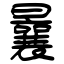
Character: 曩